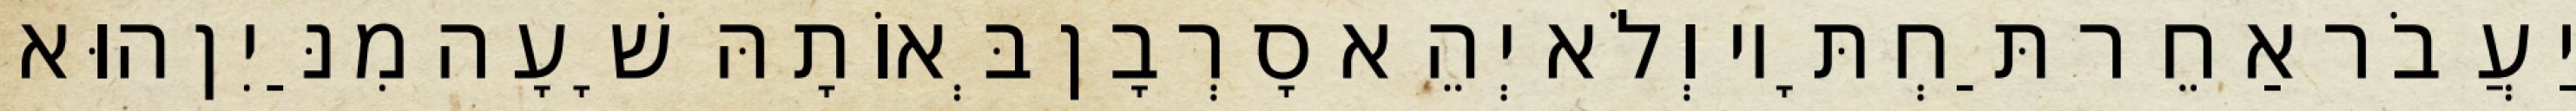
יַעֲבֹר אַחֵר תַּחְתָּיו וְלֹא יְהֵא סָרְבָן בְּאוֹתָהּ שָׁעָה מִנַּיִן הוּא